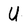
Character: U